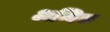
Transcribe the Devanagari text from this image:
अन्विक